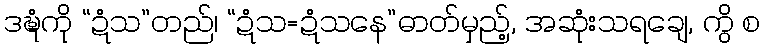
ဒဍ္ဎံကို “ဍံသ”တည်၊ “ဍံသ=ဍံသနေ”ဓာတ်မှည့်, အဆုံးသရချေ, ကွိ စ